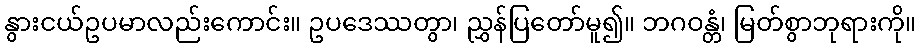
နွားငယ်ဥပမာလည်းကောင်း။ ဥပဒေဿတွာ၊ ညွှန်ပြတော်မူ၍။ ဘဂဝန္တံ၊ မြတ်စွာဘုရားကို။